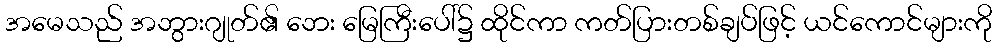
အမေသည် အဘွားဂျုတ်၏ ဘေး မြေကြီးပေါ်၌ ထိုင်ကာ ကတ်ပြားတစ်ချပ်ဖြင့် ယင်ကောင်များကို